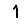
Digit: 1